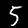
Digit: 5